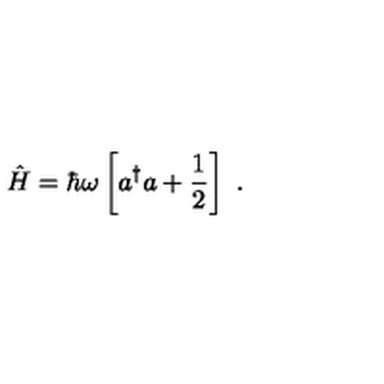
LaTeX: \hat { H } = \hbar \omega \left[ a ^ { \dagger } a + \frac { 1 } { 2 } \right] \ .